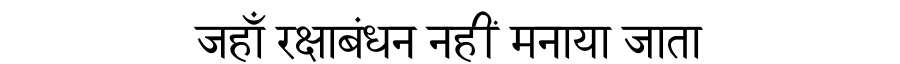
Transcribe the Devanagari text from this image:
जहाँ रक्षाबंधन नहीं मनाया जाता